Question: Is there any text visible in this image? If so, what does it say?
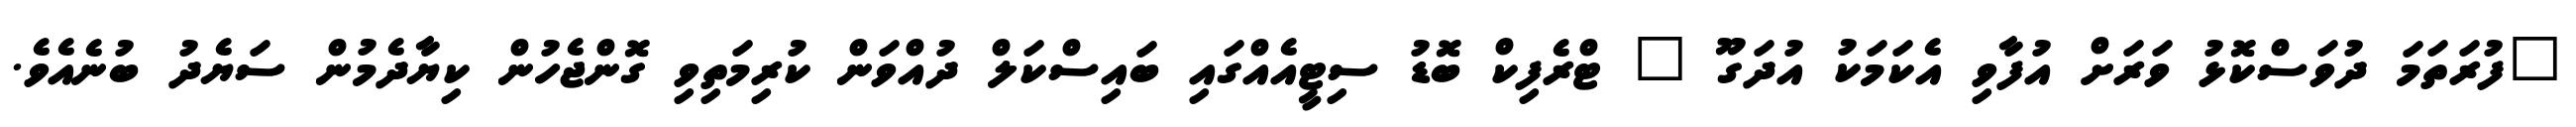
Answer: "ފުރަތަމަ ދުވަސްކޮޅު ވަރަށް އުފާވި އެކަމަކު އުދަގޫ " ޓްރެފިކް ބޮޑު ސިޓީއެއްގައި ބައިސްކަލް ދުއްވަން ކުރިމަތިވި ގޮންޖެހުން ކިޔާދެމުން ސަޔެދު ބުނެއެވެ.